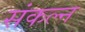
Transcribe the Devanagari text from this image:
संकल्न